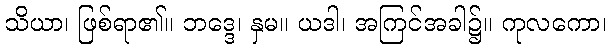
သိယာ၊ ဖြစ်ရာ၏။ ဘဒ္ဒေ၊ နှမ။ ယဒါ၊ အကြင်အခါ၌။ ကုလကော၊